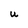
Character: U